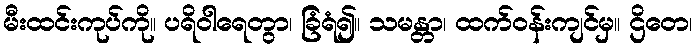
မီးထင်းကုပ်ကို။ ပရိဝါရေတွာ၊ ခြံရံ၍။ သမန္တာ၊ ထက်ဝန်းကျင်မှ။ ဌိတေ၊